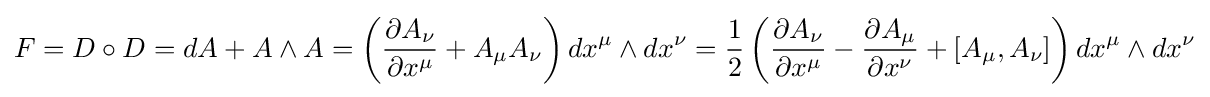
{\begin{aligned}F=D\circ D=dA+A\wedge A=\left({\frac {\partial A_{\nu }}{\partial x^{\mu }}}+A_{\mu }A_{\nu }\right)dx^{\mu }\wedge dx^{\nu }={\frac {1}{2}}\left({\frac {\partial A_{\nu }}{\partial x^{\mu }}}-{\frac {\partial A_{\mu }}{\partial x^{\nu }}}+[A_{\mu },A_{\nu }]\right)dx^{\mu }\wedge dx^{\nu }\\\end{aligned}}